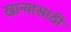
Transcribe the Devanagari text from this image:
खान्यासाठी